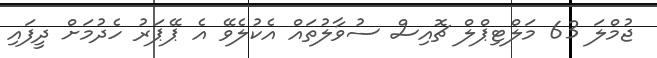
ޖުމްލަ 63 މަލްޓިޕްލް ޗޮއިސް ސުވާލުތައް އެކުލެވޭ އެ ޕޭޕަރު ހެދުމަށް ދީފައި